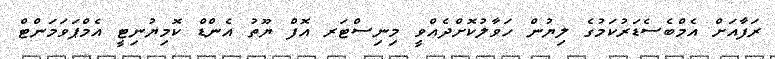
ރަފާއަށް އެމްބެސެޑަރުކަމުގެ ލިޔުން ހަވާލުކޮށްދެއްވީ މިނިސްޓަރ އޮފް ޔޫތު އެންޑް ކޮމިޔުނިޓީ އެމްޕަވަމަންޓް